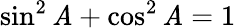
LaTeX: \sin^{2}\mathit{A}+\cos^{2}\mathit{A}=1